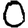
Digit: 0